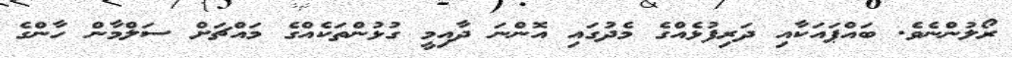
ރޯލުންނެވެ. ބައްޕައަކާއި ދަރިފުޅެއްގެ މެދުގައި އޮންނަ ދާއިމީ ގުޅުންތަކެއްގެ މައްޗަށް ސަލްމާން ހާންގެ